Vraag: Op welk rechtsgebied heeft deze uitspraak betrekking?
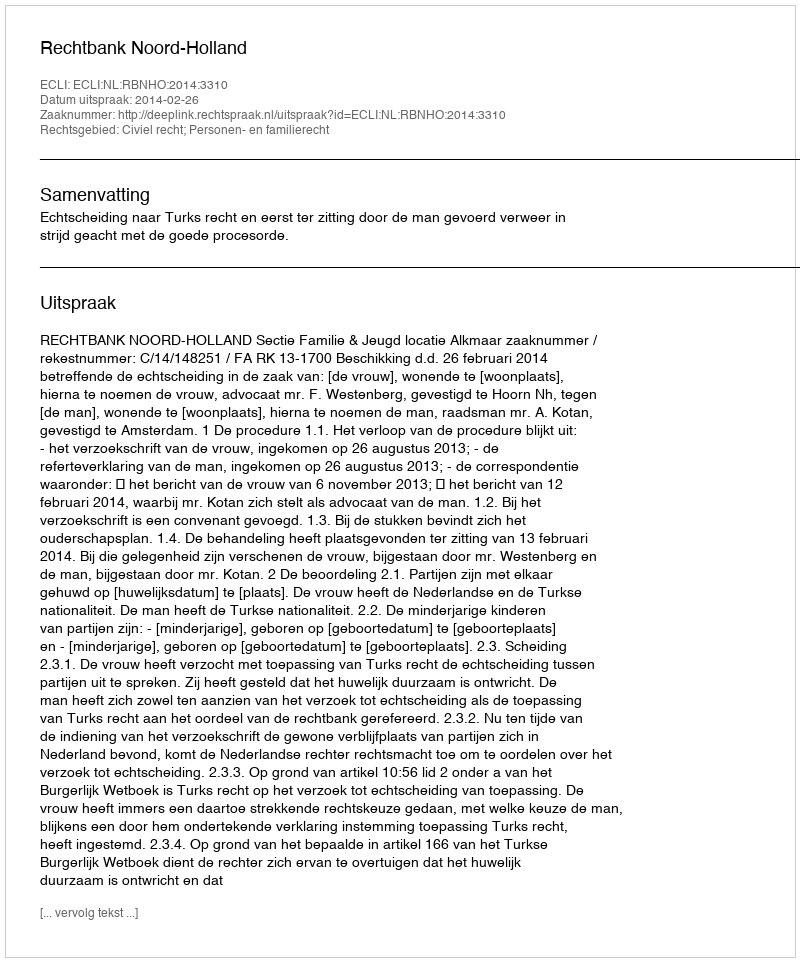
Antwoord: Civiel recht; Personen- en familierecht